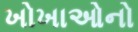
ખોખાઓનો